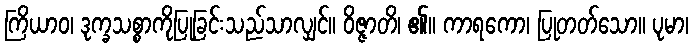
ကြိယာဝ၊ ဒုက္ခသစ္စာကိုပြုခြင်းသည်သာလျှင်။ ဝိဇ္ဇာတိ၊ ၏။ ကာရကော၊ ပြုတတ်သော။ ပုမာ၊